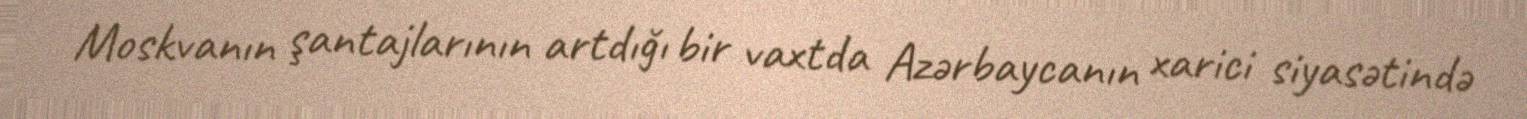
Moskvanın şantajlarının artdığı bir vaxtda Azərbaycanın xarici siyasətində